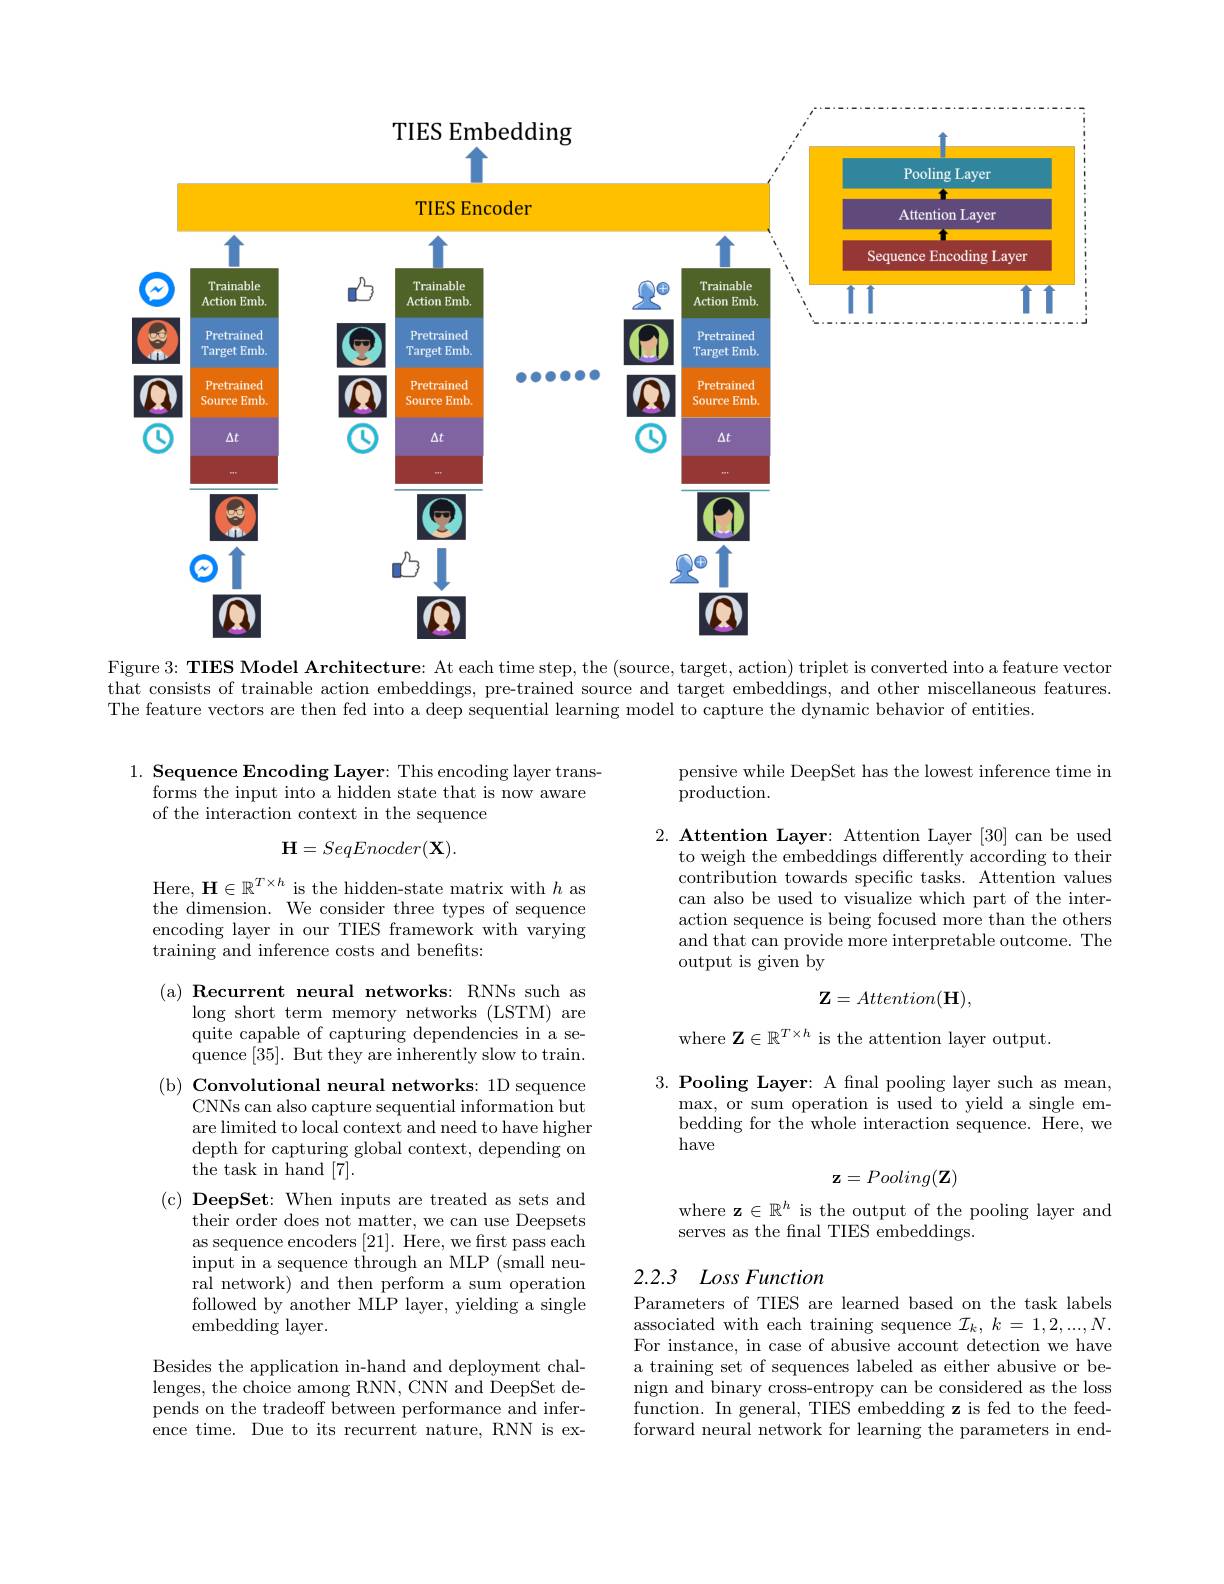
<FigureHere>
Figure 3: TIES Model Architecture: At each time step, the (source, target, action) triplet is converted into a feature vector

that consists of trainable action embeddings, pre-trained source and target embeddings, and other miscellaneous features.
The feature vectors are then fed into a deep sequential learning model to capture the dynamic behavior of entities.

pensive while DeepSet has the lowest inference time in
${\mathrm{production.}}$

## 1. Sequence Encoding Layer: This encoding layer transforms the input into a hidden state that is now aware of the interaction context in the sequence
$$\mathbf{H}=SeqEnocder(\mathbf{X}).$$
$2. \textbf{ Attention Layer: Attention Layer }[ 30]$ can be used
to weigh the embeddings differently according to their contribution towards specific tasks. Attention values can also be used to visualize which part of the interaction sequence is being focused more than the others and that can provide more interpretable outcome. The output is given by

Here, $\mathbf{H}\in\mathbb{R}^T\times h$ is the hidden-state matrix with $h$ as the dimension. We consider three types of sequence encoding layer in our TIES framework with varying training and inference costs and benefits:
$$\mathbf{Z}=Attention(\mathbf{H}),$$
where $\mathbf{Z}\in\mathbb{R}^T\times h$ is the attention layer output.

3. Pooling Layer: A fnal pooling layer such as mean,
$\max$, or sum operation is used to yield a single embedding for the whole interaction sequence. Here, we have

(a) Recurrent neural networks: RNNs such as
long short term memory networks (LSTM) are quite capable of capturing dependencies in a sequence [35]. But they are inherently slow to train.
(b) Convolutional neural networks: 1D sequence
CNNs can also capture sequential information but are limited to local context and need to have higher depth for capturing global context, depending on the task in hand [7].
(c$) \textbf{ DeepSet: When inputs are treated as sets and}$
their order does not matter, we can use Deepsets as sequence encoders [21]. Here, we first pass each input in a sequence through an MLP (small neural network) and then perform a sum operation followed by another MLP layer, yielding a single embedding layer.
$$\mathbf{z}=Pooling(\mathbf{Z})$$
where $\mathbf{z}\in\mathbb{R}^h$ is the output of the pooling layer and
serves as the fnal TIES embeddings.

# 2.2.3 $Loss\textit{Function}$

Parameters of TIES are learned based on the task labels associated with each training sequence $\mathcal{I}_k,k=1,2,...,N.$ For instance, in case of abusive account detection we have a training set of sequences labeled as either abusive or benign and binary cross-entropy can be considered as the loss function. In general, TIES embedding z is fed to the feedforward neural network for learning the parameters in end-

Besides the application in-hand and deployment challenges, the choice among RNN, CNN and DeepSet depends on the tradeoff between performance and inference time. Due to its recurrent nature, RNN is ex-